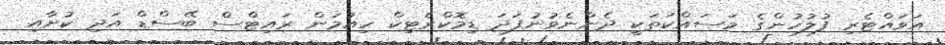
އަވައްޓެރި ފުލުހުންގެ މަސައްކަތަކީ ދެންނެވުނުފަދަ ޑިމޮކްރެޓިކް ހިއުމަން ރައިޓްސް ބޭސްޑް އަދި ކުށާއި